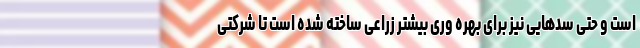
است و حتی سدهایی نیز برای بهره وری بیشتر زراعی ساخته شده است تا شرکتی